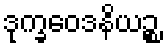
ဒုက္ခဝေဒနိယဉ္စ